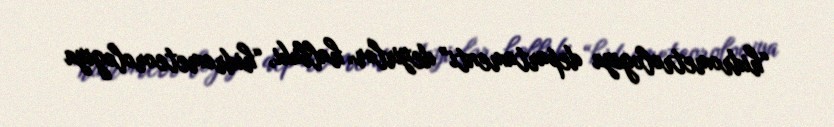
“hidrometrologiya departamenti” deyirlər, halbuki, “hidrometeorologiya